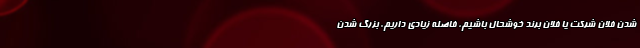
شدن فلان شرکت یا فلان برند خوشحال باشیم، فاصله زیادی داریم. بزرگ شدن